Indian journal of veterinary science and animal husbandry - Volumes 24-25, 1954-1955
Year: 1954
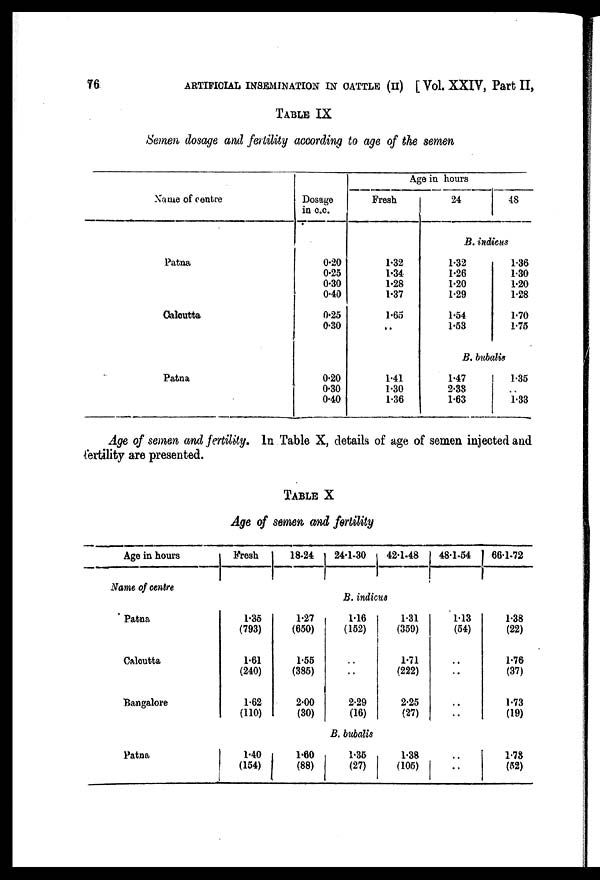
76
ARTIFICIAL INSEMINATION IN CATTLE (II) [ Vol. XXIV, Part II,
TABLE IX
Semen dosage and fertility according to age of the semen
Name of centre
Age in hours
Dosage in c.c. Fresh
24
48
B. indieus
Patna
Calcutta
0.20
0.25
0.30
0.40
0.25
0.30
1.32
1.34
1.28
1.87
1.65
..
1.32
1.26
1.20
1.29
1.54
1.53
1.36
1.30
1.20
1.28
1.70
1.75
B. bubalis
Patna
0.20
0.30
0.40
1.41
1.30
1.36
1.47
2.38
1.63
1.35
1.33
Age of semen and fertility. In Table X, details of age of semen injected and
fertility are presented.
TABLE X
Age of semen and fertility
Age in hours
Name of centre
Fresh
18.24
24.1.30
42.1.48
48.1.54
66.1.72
B. indieus
Patna
Calcutta
Bangalore
1.35
(793)
1.61
(240)
1.62
(110)
1.27
(650)
1.55
(385)
2.00
(30)
1.16
(152)
..
..
2.29
(16)
1.31
(359)
1.71
(222)
2.25
(27)
113
(54)
..
..
..
..
1.38
(22)
1.76
(37)
1.73
(19)
B. bubalis
Patna
1.40
(154)
1.60
(88)
1.35
(27)
1.38
(105)
..
..
1.78
(52)